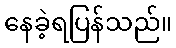
နေခဲ့ရပြန်သည်။